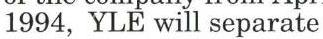
1994, YLE will separate